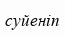
суйеніп